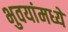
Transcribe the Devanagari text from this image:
भुवयांमध्ये